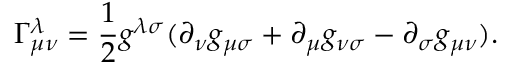
\Gamma _ { \mu \nu } ^ { \lambda } = \frac { 1 } { 2 } g ^ { \lambda \sigma } ( \partial _ { \nu } g _ { \mu \sigma } + \partial _ { \mu } g _ { \nu \sigma } - \partial _ { \sigma } g _ { \mu \nu } ) .